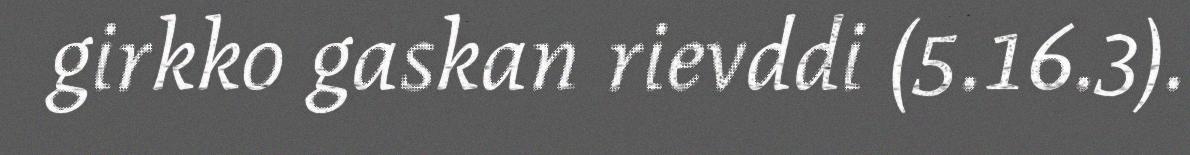
girkko gaskan rievddi (5.16.3).